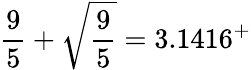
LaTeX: {\frac{9}{5}}+{\sqrt{\frac{9}{5}}}=3.1416^{+}